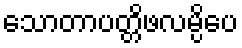
သောတာပတ္တိဖလမ္ပိပေ